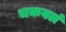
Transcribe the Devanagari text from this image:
चकवलं